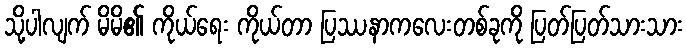
သို့ပါလျက် မိမိ၏ ကိုယ်ရေး ကိုယ်တာ ပြဿနာကလေးတစ်ခုကို ပြတ်ပြတ်သားသား